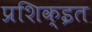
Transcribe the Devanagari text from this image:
प्रशिक्इत